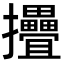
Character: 㩹